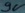
Text: 9V